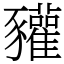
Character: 䝔